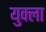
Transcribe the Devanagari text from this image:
युक्ला